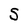
Character: S